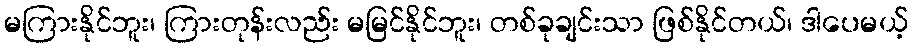
မကြားနိုင်ဘူး၊ ကြားတုန်းလည်း မမြင်နိုင်ဘူး၊ တစ်ခုချင်းသာ ဖြစ်နိုင်တယ်၊ ဒါပေမယ့်